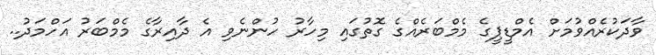
ވާދަކުރެއްވުމަށް އެމްޑީޕީގެ މެމްބަރެއްގެ ގޮތުގައި މިހާރު ހުންނެވި އެ ދާއިރާގެ މެމްބަރު އަހްމަދު..